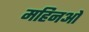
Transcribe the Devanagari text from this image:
महिनओ